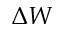
\Delta W